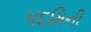
પદમિની